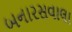
બનારસવાલા